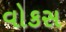
વોકસ